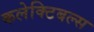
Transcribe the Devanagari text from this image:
कलेक्टिबल्स